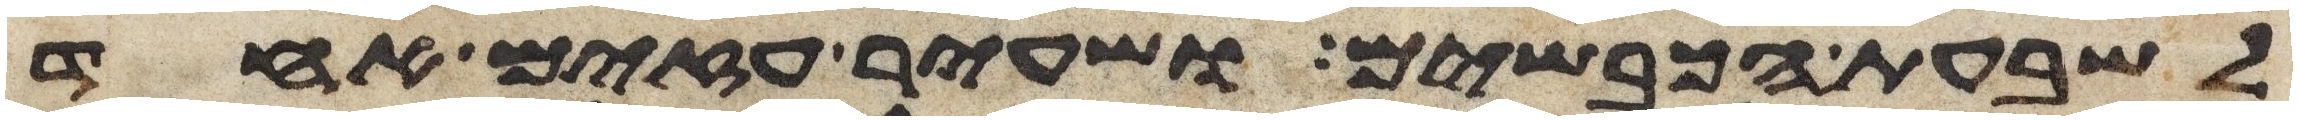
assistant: לשבעת הכבשים ושעיר עזים אחד